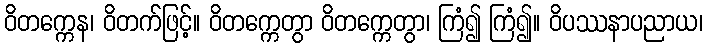
ဝိတက္ကေန၊ ဝိတက်ဖြင့်။ ဝိတက္ကေတွာ ဝိတက္ကေတွာ၊ ကြံ၍ ကြံ၍။ ဝိပဿနာပညာယ၊